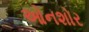
ઓનશોર